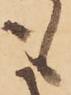
も